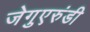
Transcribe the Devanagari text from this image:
जेगुएरुंडी